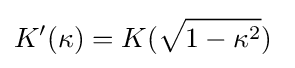
K'(\kappa )=K({\sqrt {1-\kappa ^{2}}})\